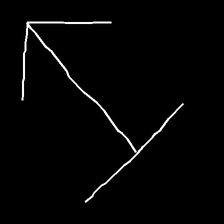
Glyph: levitation